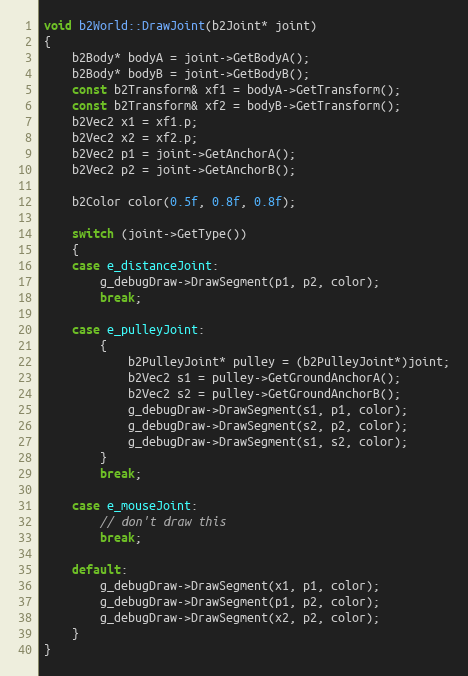
Language: C++
void b2World::DrawJoint(b2Joint* joint)
{
	b2Body* bodyA = joint->GetBodyA();
	b2Body* bodyB = joint->GetBodyB();
	const b2Transform& xf1 = bodyA->GetTransform();
	const b2Transform& xf2 = bodyB->GetTransform();
	b2Vec2 x1 = xf1.p;
	b2Vec2 x2 = xf2.p;
	b2Vec2 p1 = joint->GetAnchorA();
	b2Vec2 p2 = joint->GetAnchorB();

	b2Color color(0.5f, 0.8f, 0.8f);

	switch (joint->GetType())
	{
	case e_distanceJoint:
		g_debugDraw->DrawSegment(p1, p2, color);
		break;

	case e_pulleyJoint:
		{
			b2PulleyJoint* pulley = (b2PulleyJoint*)joint;
			b2Vec2 s1 = pulley->GetGroundAnchorA();
			b2Vec2 s2 = pulley->GetGroundAnchorB();
			g_debugDraw->DrawSegment(s1, p1, color);
			g_debugDraw->DrawSegment(s2, p2, color);
			g_debugDraw->DrawSegment(s1, s2, color);
		}
		break;

	case e_mouseJoint:
		// don't draw this
		break;

	default:
		g_debugDraw->DrawSegment(x1, p1, color);
		g_debugDraw->DrawSegment(p1, p2, color);
		g_debugDraw->DrawSegment(x2, p2, color);
	}
}